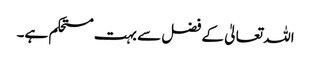
اللہ تعالیٰ کے فضل سے بہت مستحکم ہے۔